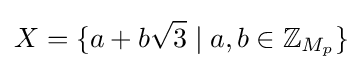
X=\{a+b{\sqrt {3}}\mid a,b\in \mathbb {Z} _{M_{p}}\}